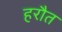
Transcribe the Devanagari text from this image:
हरौत